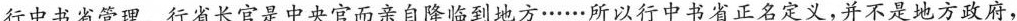
行中书省管理。行省长官是中央官而亲自降临到地方……所以行中书省正名定义，并不是地方政府，